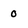
Character: 0